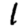
Digit: 1